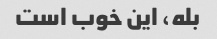
بله، این خوب است